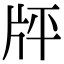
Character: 𤖳